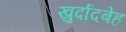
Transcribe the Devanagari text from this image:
खुर्दादबेह